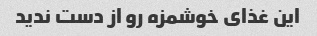
این غذای خوشمزه رو از دست ندید